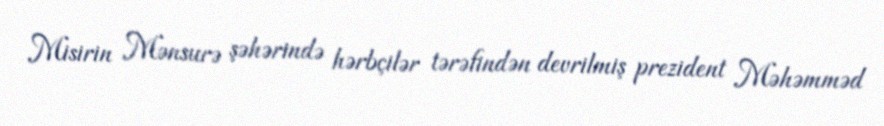
Misirin Mənsurə şəhərində hərbçilər tərəfindən devrilmiş prezident Məhəmməd